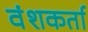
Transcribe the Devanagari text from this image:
वंशकर्ता